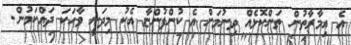
އެ އިމާރާތުން ތަންކޮޅެއް ދިނުމަށް އެ ކުންފުންޏާ އެކު މިދަނީ ވާހަކަ ދައްކަމުން.